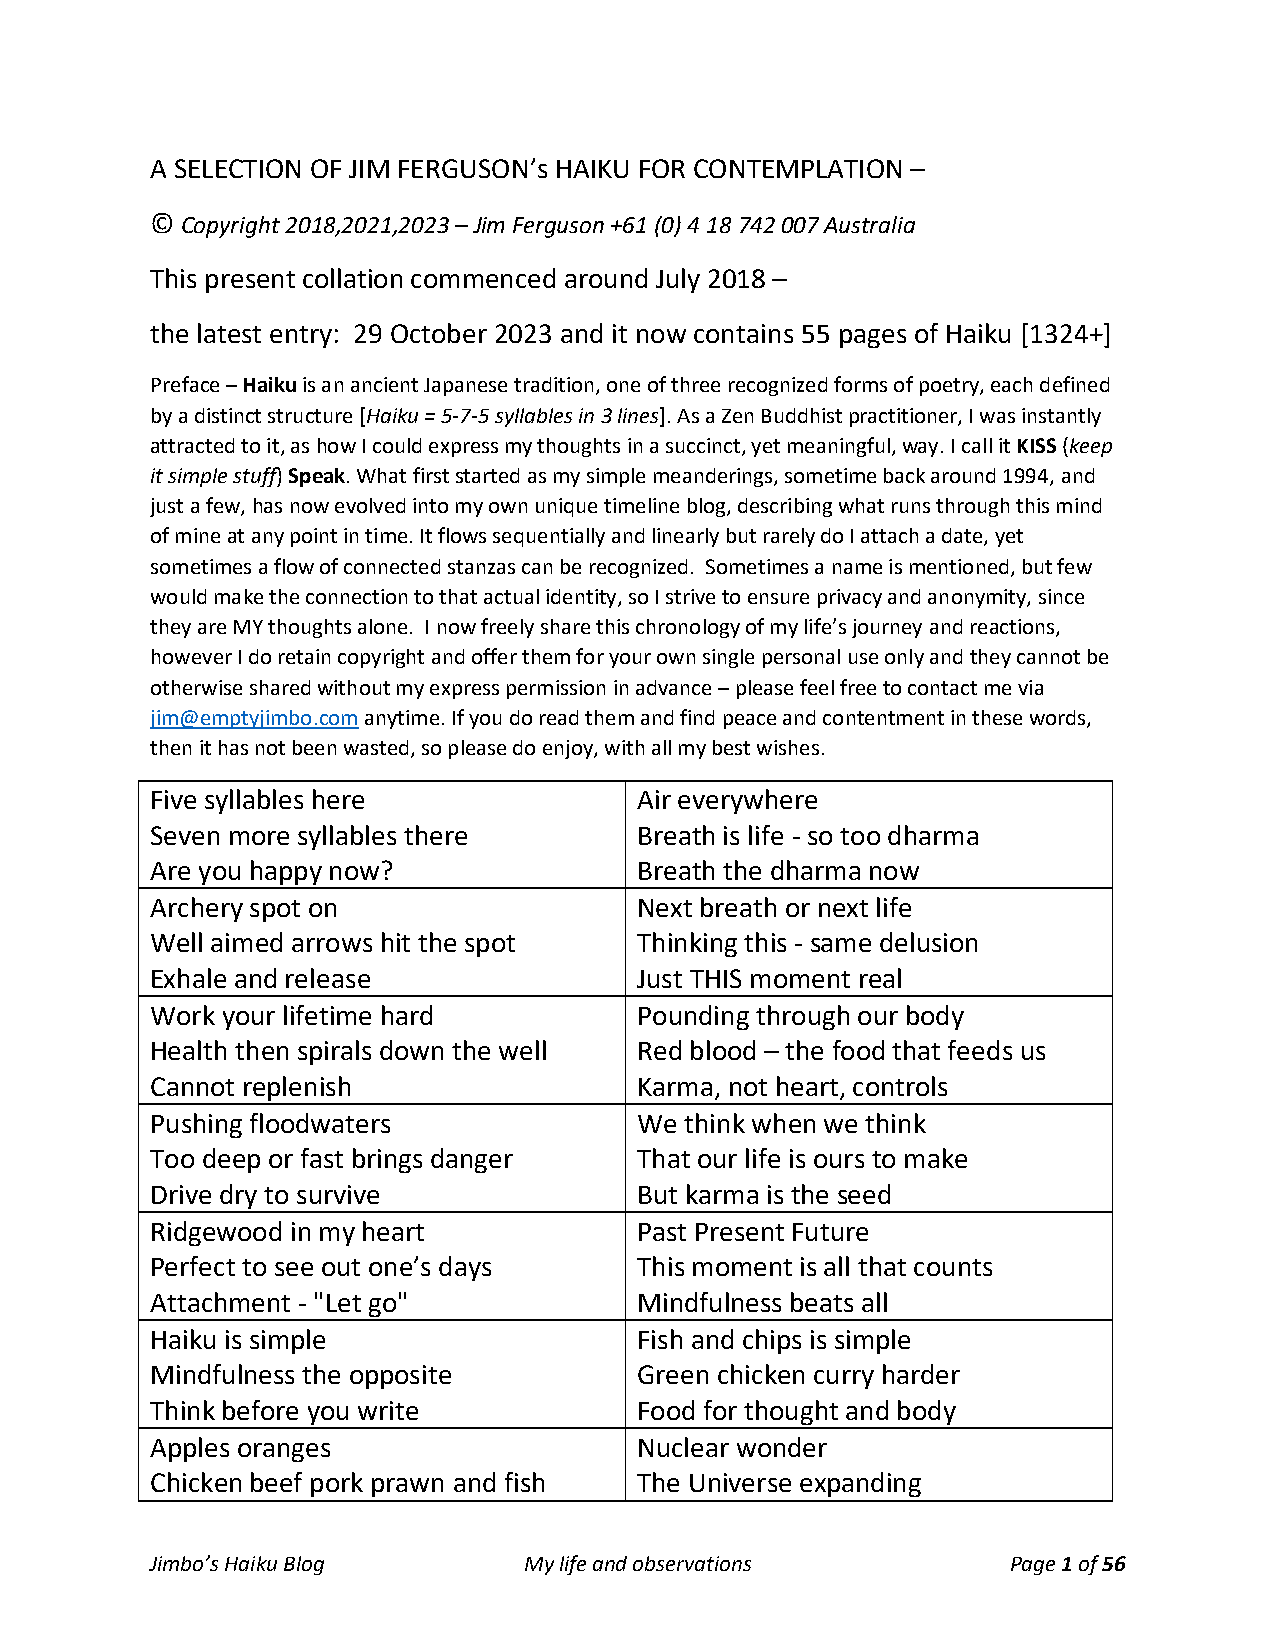
A SELECTION OF JIM FERGUSON’s HAIKU FOR CONTEMPLATION –
 © Copyright 2018,2021,2023 – Jim Ferguson +61 (0) 4 18 742 007 Australia
 This present collation commenced around July 2018 –
 the latest entry: 29 October 2023 and it now contains 55 pages of Haiku [1324+]
 Preface – Haiku is an ancient Japanese tradition, one of three recognized forms of poetry, each defined
 by a distinct structure [Haiku = 5-7-5 syllables in 3 lines]. As a Zen Buddhist practitioner, I was instantly
 attracted to it, as how I could express my thoughts in a succinct, yet meaningful, way. I call it KISS (keep
 it simple stuff) Speak. What first started as my simple meanderings, sometime back around 1994, and
 just a few, has now evolved into my own unique timeline blog, describing what runs through this mind
 of mine at any point in time. It flows sequentially and linearly but rarely do I attach a date, yet
 sometimes a flow of connected stanzas can be recognized. Sometimes a name is mentioned, but few
 would make the connection to that actual identity, so I strive to ensure privacy and anonymity, since
 they are MY thoughts alone. I now freely share this chronology of my life’s journey and reactions,
 however I do retain copyright and offer them for your own single personal use only and they cannot be
 otherwise shared without my express permission in advance – please feel free to contact me via
 jim@emptyjimbo.com anytime. If you do read them and find peace and contentment in these words,
 then it has not been wasted, so please do enjoy, with all my best wishes.
 Five syllables here             Air everywhere
 Seven more syllables there      Breath is life - so too dharma
 Are you happy now?              Breath the dharma now
 Archery spot on                 Next breath or next life
 Well aimed arrows hit the spot  Thinking this - same delusion
 Exhale and release              Just THIS moment real
 Work your lifetime hard         Pounding through our body
 Health then spirals down the well Red blood – the food that feeds us
 Cannot replenish                Karma, not heart, controls
 Pushing floodwaters             We think when we think
 Too deep or fast brings danger  That our life is ours to make
 Drive dry to survive            But karma is the seed
 Ridgewood in my heart           Past Present Future
 Perfect to see out one’s days   This moment is all that counts
 Attachment - "Let go"           Mindfulness beats all
 Haiku is simple                 Fish and chips is simple
 Mindfulness the opposite        Green chicken curry harder
 Think before you write          Food for thought and body
 Apples oranges                  Nuclear wonder
 Chicken beef pork prawn and fish The Universe expanding
 Jimbo’s Haiku Blog       My life and observations        Page 1 of 56